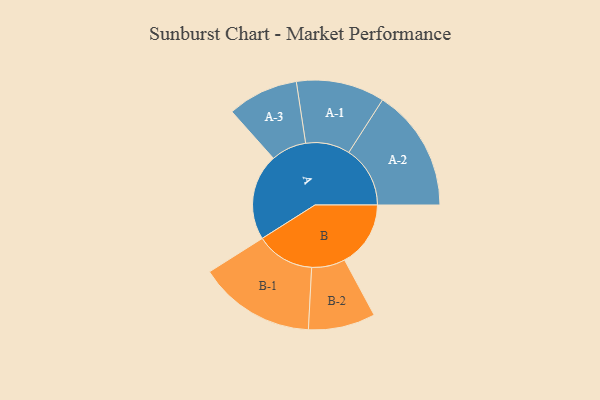
{"axis": {"x": "Segment", "y": "Value"}, "legend": ["", "A", "B"], "data": [{"x": "A", "y": 273, "type": ""}, {"x": "B", "y": 209, "type": ""}, {"x": "A-1", "y": 140, "type": "A"}, {"x": "A-2", "y": 194, "type": "A"}, {"x": "A-3", "y": 112, "type": "A"}, {"x": "B-1", "y": 185, "type": "B"}, {"x": "B-2", "y": 106, "type": "B"}]}